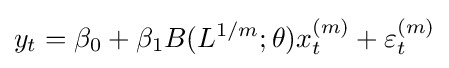
y_{t}=\beta _{0}+\beta _{1}B(L^{1/m};\theta )x_{t}^{(m)}+\varepsilon _{t}^{(m)}